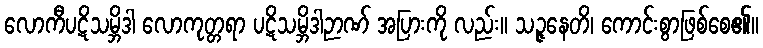
လောကီပဋိသမ္ဘိဒါ လောကုတ္တရာ ပဋိသမ္ဘိဒါဉာဏ် အပြားကို လည်း။ သဉ္ဇနေတိ၊ ကောင်းစွာဖြစ်စေ၏။